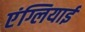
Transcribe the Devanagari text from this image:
एंग्लियाई